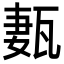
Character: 㼮